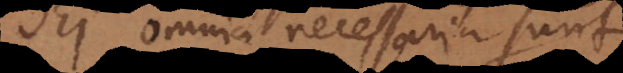
Dei omnia necessaria sunt.